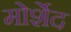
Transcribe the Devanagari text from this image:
मोर्शेद